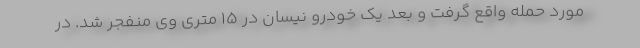
مورد حمله واقع گرفت و بعد یک خودرو نیسان در ۱۵ متری وی منفجر شد. در